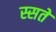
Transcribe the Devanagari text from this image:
स्सते